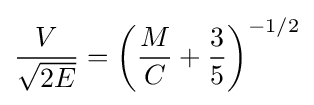
{\frac {V}{\sqrt {2E}}}=\left({\frac {M}{C}}+{\frac {3}{5}}\right)^{-1/2}